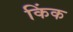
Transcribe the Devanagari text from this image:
किंक